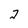
Character: 2